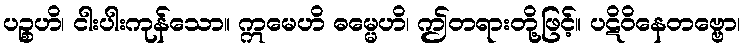
ပဉ္စဟိ၊ ငါးပါးကုန်သော။ ဣမေဟိ ဓမ္မေဟိ၊ ဤတရားတို့ဖြင့်။ ပဋိဝိနေတဗ္ဗော၊